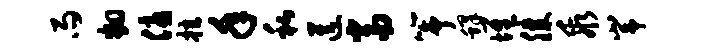
雨翻优拉年私送当筝蜂堆膝乖峥